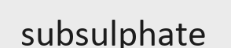
subsulphate